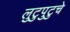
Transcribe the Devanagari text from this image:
लुटुपुटुचे